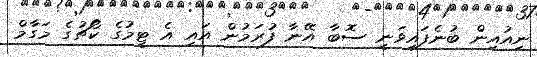
ނިއުއިން ބުނެފައިވަނީ ސޮބާ އޭނާ ފުރަމުން އައި އެ ޓީމުގެ ކޯޗުގެ މަގާމް